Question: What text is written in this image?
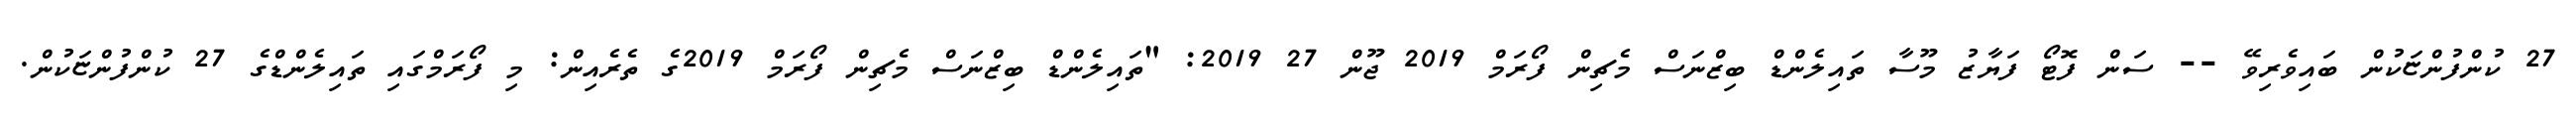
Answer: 27 ކުންފުންޏަކުން ބައިވެރިވޭ -- ސަން ފޮޓޯ ފަޔާޒު މޫސާ ތައިލެންޑް ބިޒްނަސް މެޗިން ފޯރަމް 2019 ޖޫން 27 2019: "ތައިލެންޑް ބިޒްނަސް މެޗިން ފޯރަމް 2019ގެ ތެރެއިން: މި ފޯރަމްގައި ތައިލެންޑްގެ 27 ކުންފުންޏަކުން.